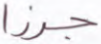
جرزا